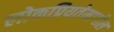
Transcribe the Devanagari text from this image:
लोकप्रियतेमागील